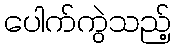
ပေါက်ကွဲသည့်